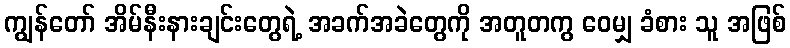
ကျွန်တော် အိမ်နီးနားချင်းတွေရဲ့ အခက်အခဲတွေကို အတူတကွ ဝေမျှ ခံစား သူ အဖြစ်